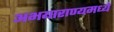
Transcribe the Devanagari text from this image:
अभयाराण्यमध्ये